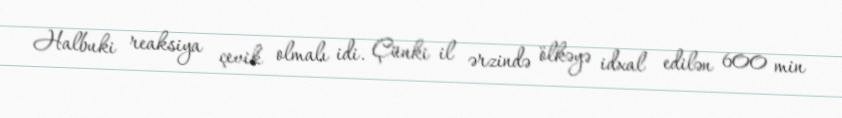
Halbuki reaksiya çevik olmalı idi. Çünki il ərzində ölkəyə idxal edilən 600 min